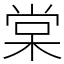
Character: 棠